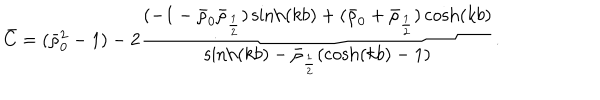
LaTeX: \bar { C } = ( \bar { \rho } _ { 0 } ^ { 2 } - 1 ) - 2 \frac { ( - 1 - \bar { \rho } _ { 0 } \bar { \rho } _ { \frac 1 2 } ) \sinh ( k b ) + ( \bar { \rho } _ { 0 } + \bar { \rho } _ { \frac 1 2 } ) \cosh ( k b ) } { \sinh ( k b ) - \bar { \rho } _ { \frac 1 2 } ( \cosh ( k b ) - 1 ) } .